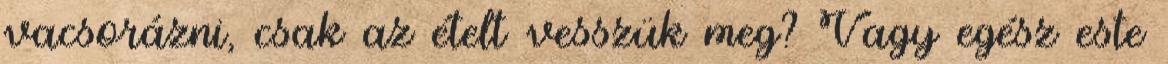
vacsorázni, csak az ételt vesszük meg? Vagy egész este